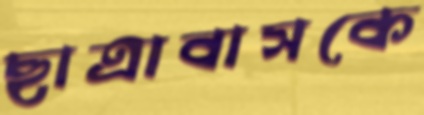
ছাত্রাবাসকে